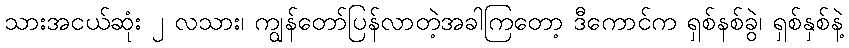
သားအငယ်ဆုံး ၂ လသား၊ ကျွန်တော်ပြန်လာတဲ့အခါကြတော့ ဒီကောင်က ရှစ်နစ်ခွဲ၊ ရှစ်နှစ်နဲ့